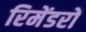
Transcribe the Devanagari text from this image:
रिमेंडरों